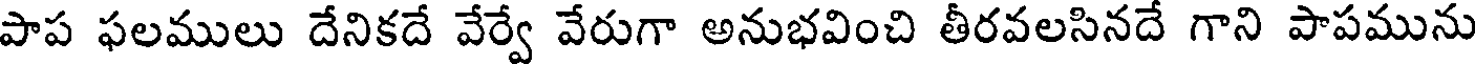
పాప ఫలములు దేనికదే వేర్వే వేరుగా అనుభవించి తీరవలసినదే గాని పాపమును